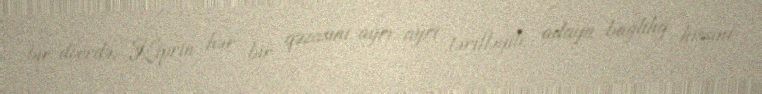
bir dövrdə, Kiprin hər bir qəzasını ayrı-ayrı tərifləyib, adaya bağlılıq hissini